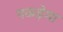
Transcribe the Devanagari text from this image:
पकड़ेगा